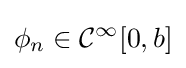
\phi _{n}\in {\mathcal {C}}^{\infty }[0,b]